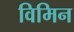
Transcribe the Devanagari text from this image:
विमिन